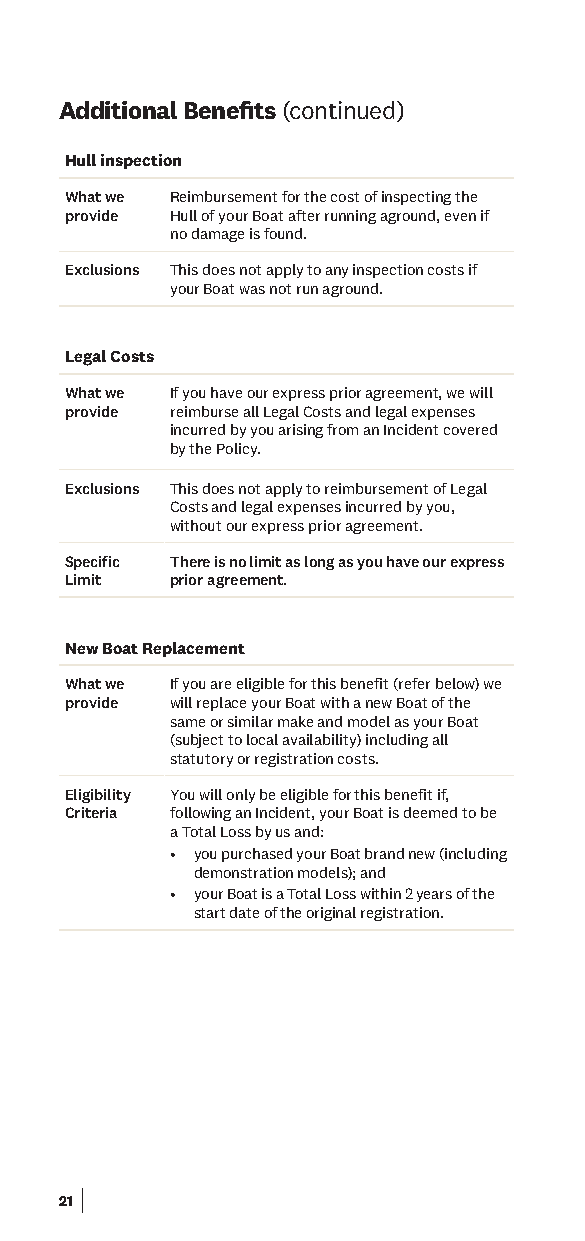
Additional Benefts (continued)
 Hull inspection
 What we Reimbursement for the cost of inspecting the
 provide Hull of your Boat after running aground, even if
 no damage is found.
 Exclusions This does not apply to any inspection costs if
 your Boat was not run aground.
 Legal Costs
 What we If you have our express prior agreement, we will
 provide reimburse all Legal Costs and legal expenses
 incurred by you arising from an Incident covered
 by the Policy.
 Exclusions This does not apply to reimbursement of Legal
 Costs and legal expenses incurred by you,
 without our express prior agreement.
 Specific There is no limit as long as you have our express
 Limit  prior agreement.
 New Boat Replacement
 What we If you are eligible for this benefit (refer below) we
 provide will replace your Boat with a new Boat of the
 same or similar make and model as your Boat
 (subject to local availability) including all
 statutory or registration costs.
 Eligibility You will only be eligible for this benefit if,
 Criteria following an Incident, your Boat is deemed to be
 a Total Loss by us and:
 • you purchased your Boat brand new (including
 demonstration models); and
 • your Boat is a Total Loss within 2 years of the
 start date of the original registration.
 21